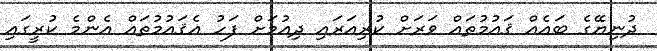
ދުނިޔޭގެ ބައެއް ޤައުމުތައް ވަރަށް ކުރިއަރައި ދިއުމަށް ފަހު އެޤައުމުތައް އެންމެ ކުރީގައި